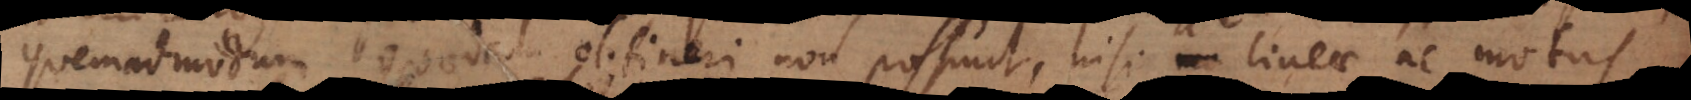
quemadmodum quaedam obtineri non possunt, nisi lineae ac motus